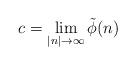
LaTeX: \begin{align*}c=\lim_{|n|\to\infty}\tilde{\phi}(n)\end{align*}